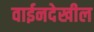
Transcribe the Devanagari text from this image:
वाईनदेखील